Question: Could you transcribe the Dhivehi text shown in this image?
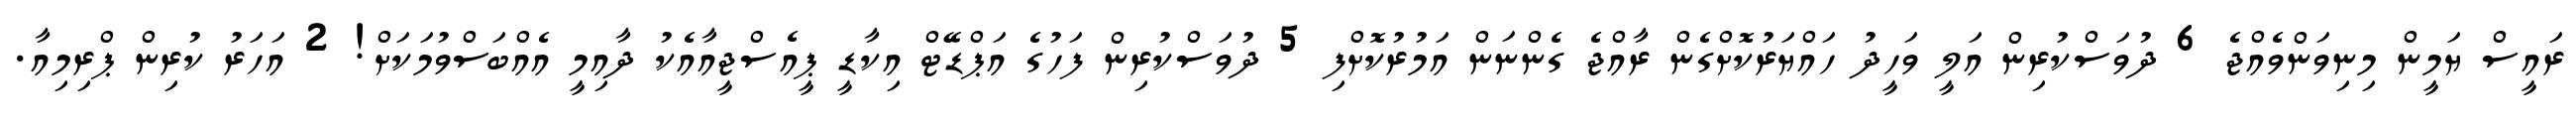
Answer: ރައީސް ޔަމީން މިނިވަންވެއްޖެ 6 ދުވަސްކުރިން އަލީ ވަހީދު ހައްޔަރުކޮށްގެން ރާއްޖެ ގެންނަން އަމުރުކޮށްފި 5 ދުވަސްކުރިން ފަހުގެ އަޕްޑޭޓް އިކާޑީ ޕީއެސްޖީއާއެކު ދާއިމީ އެއްބަސްވުމަކަށް! 2 އަހަރު ކުރިން ޕްރިމިއާ.